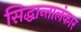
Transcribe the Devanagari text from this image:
सिद्धान्तालंकार